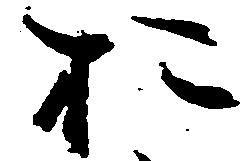
お